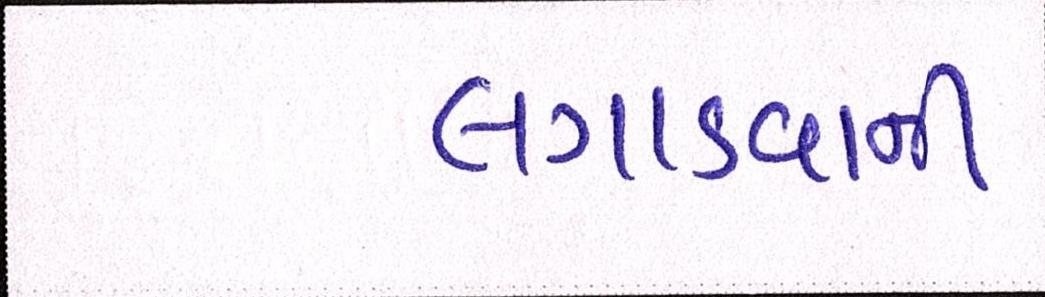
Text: લગાડવાની